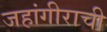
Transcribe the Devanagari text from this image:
जहांगीराची